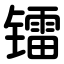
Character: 镭